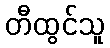
တီထွင်သူ